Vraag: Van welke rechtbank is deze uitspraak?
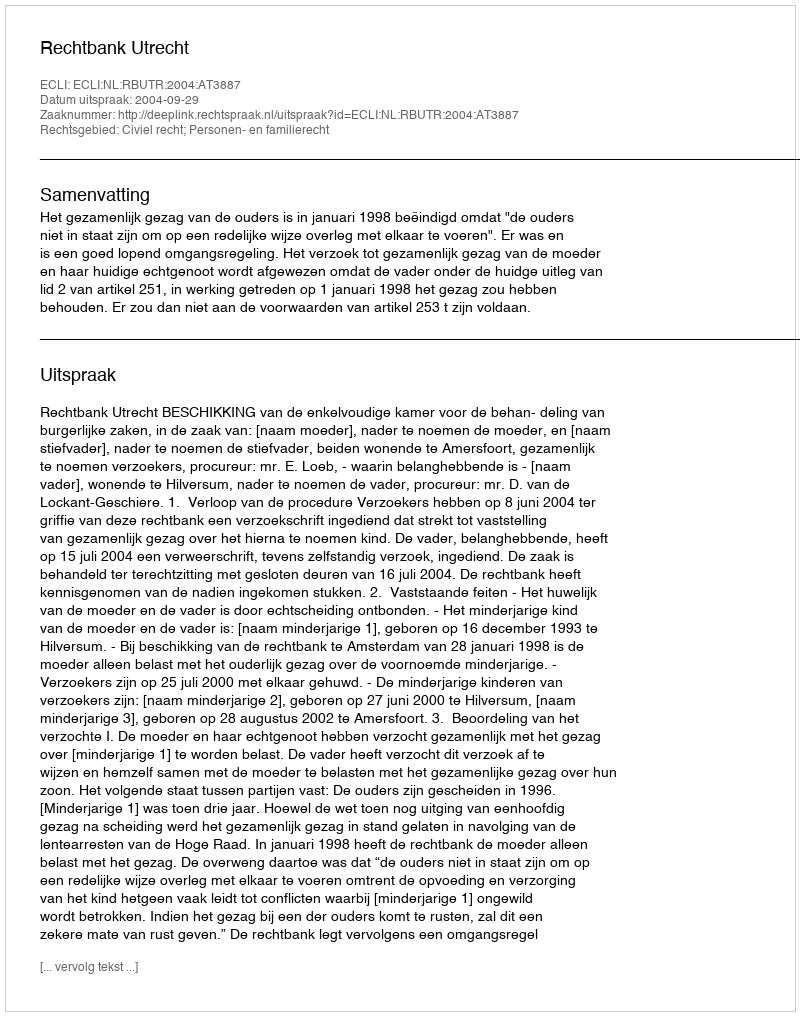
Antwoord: Rechtbank Utrecht